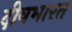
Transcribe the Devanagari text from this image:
दीवभारत